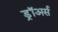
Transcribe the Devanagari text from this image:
ड्रॉअर्स